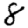
Digit: 8